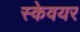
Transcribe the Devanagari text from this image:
स्केवयर